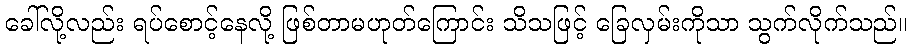
ခေါ်လို့လည်း ရပ်စောင့်နေလို့ ဖြစ်တာမဟုတ်ကြောင်း သိသဖြင့် ခြေလှမ်းကိုသာ သွက်လိုက်သည်။